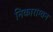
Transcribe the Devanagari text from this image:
निकाराग्वन